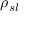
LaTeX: \rho _ { s l }